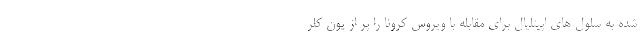
شده به سلول های اپیتلیال برای مقابله با ویروس کرونا را پر از یون کلر